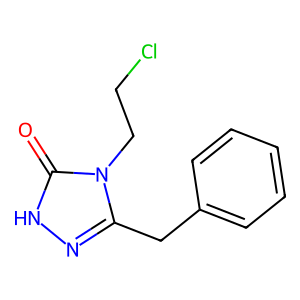
SMILES: O=c1[nH]nc(Cc2ccccc2)n1CCCl
Inhibits HIV replication: No